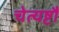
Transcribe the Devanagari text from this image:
चेत्यष्टौ